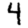
Digit: 4